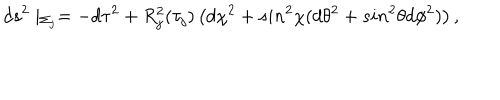
d s ^ { 2 } \mid _ { \Sigma _ { j } } = - d \tau ^ { 2 } + R _ { j } ^ { 2 } ( \tau _ { j } ) \left( d \chi ^ { 2 } + s i n ^ { 2 } \chi ( d \theta ^ { 2 } + s i n ^ { 2 } \theta d \phi ^ { 2 } ) \right) ,